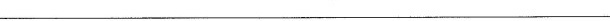
___